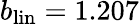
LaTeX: b_{\mathrm{lin}}=1.207